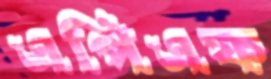
এপিএফ